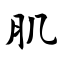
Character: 肌